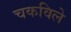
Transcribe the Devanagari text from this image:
चकविले